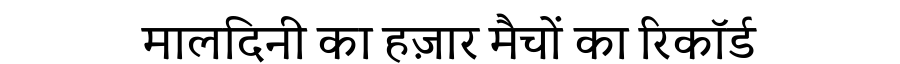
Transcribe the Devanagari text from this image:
मालदिनी का हज़ार मैचों का रिकॉर्ड